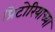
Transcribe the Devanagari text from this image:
प्रिटोरियाच्या